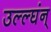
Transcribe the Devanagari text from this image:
उल्ल्घंन्